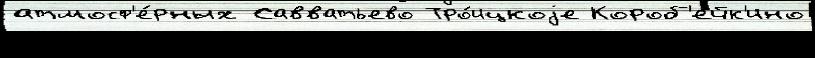
атмосф'е́рных Савватьево Тро́ицкоjе Короб'ейк'ино